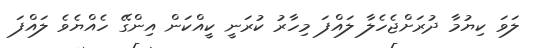
ލަވަ ކިޔުމާ ދުރަށްޖެހެލާ ލައްފަ މިހާރު ކުރަނީ ކީއްކަން އިންގޭ ހެއްޔެވެ ލައްފަ